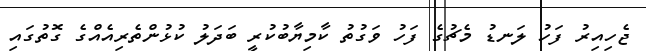
ޖެހިއިރު ފަހު ލަނޑު މެޗުގެ ފަހު ވަގުތު ކާމިޔާބުކުރީ ބަދަލު ކުޅުންތެރިއެއްގެ ގޮތުގައި